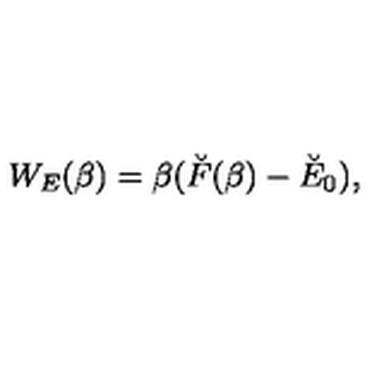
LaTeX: W _ { E } ( \beta ) = \beta ( \breve { F } ( \beta ) - \breve { E } _ { 0 } ) ,